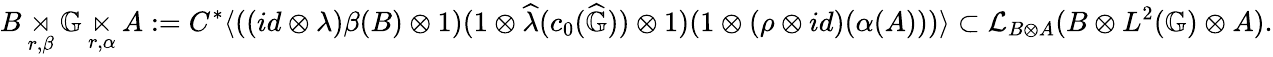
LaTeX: B\underset{r,\beta}{\rtimes}\mathbb{G}\underset{r,\alpha}{\ltimes}A:=C^{*}\langle((id\otimes\lambda)\beta(B)\otimes 1)(1\otimes\widehat{\lambda}(c_{0}(\widehat{\mathbb{G}}))\otimes 1)(1\otimes(\rho\otimes id)(\alpha(A)))\rangle\subset\mathcal{L}_{B\otimes A}(B\otimes L^{2}(\mathbb{G})\otimes A).